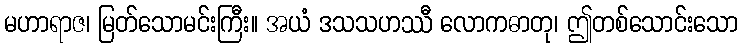
မဟာရာဇ၊ မြတ်သောမင်းကြီး။ အယံ ဒသသဟဿီ လောကဓာတု၊ ဤတစ်သောင်းသော